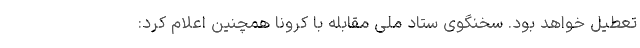
تعطیل خواهد بود. سخنگوی ستاد ملی مقابله با کرونا همچنین اعلام کرد: